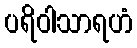
ပရိဝါသာရဟံ